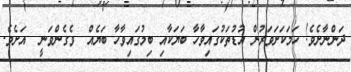
ދަންނާށެވެ! ހަމަކަށަވަރުން އުޑުތަކުގައިވާހާ ބަޔަކާއި ބިމުގައިވާހާ ބަޔެއް  ވެގެންވަނީ  އަށެވެ.